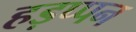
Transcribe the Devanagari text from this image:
हड़प्पन